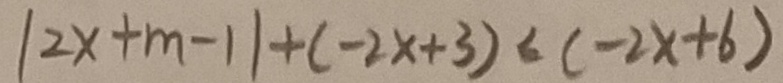
\vert 2 x + m - 1 \vert + ( - 2 x + 3 ) < ( - 2 x + 6 )